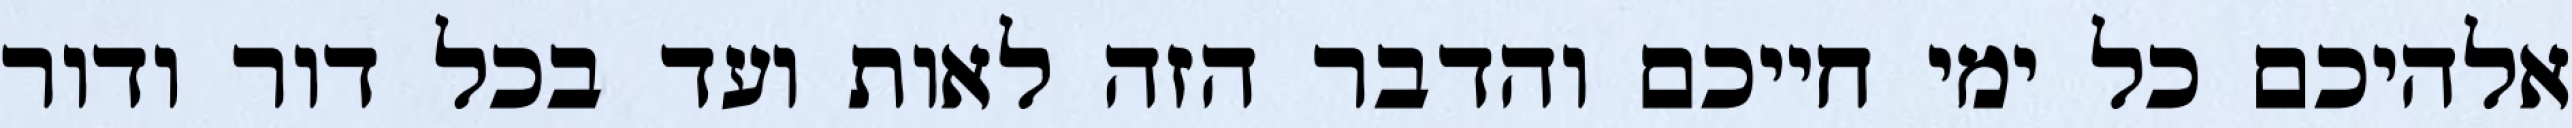
אלהיכם כל ימי חייכם והדבר הזה לאות ועד בכל דור ודור